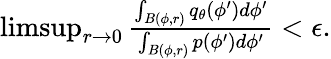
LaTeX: \begin{array}{r}{\operatorname*{limsup}_{r\to 0}\frac{\int_{B(\phi,r)}q_{\theta}(\phi^{\prime})d\phi^{\prime}}{\int_{B(\phi,r)}p(\phi^{\prime})d\phi^{\prime}}<\epsilon.}\end{array}